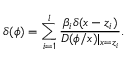
\delta ( \phi ) = \sum _ { i = 1 } ^ { l } \frac { \beta _ { i } \delta ( x - z _ { i } ) } { D ( \phi / x ) | _ { x = z _ { i } } } .